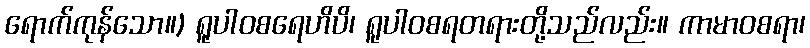
ရောက်ကုန်သော။) ရူပါဝစရေဟိပိ၊ ရူပါဝစရတရားတို့သည်လည်း။ ကာမာဝစရာ၊